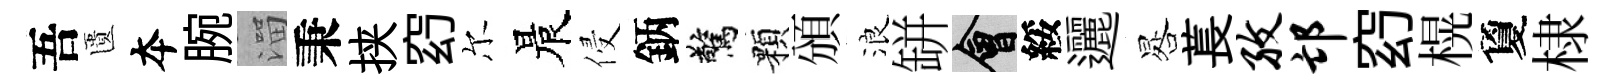
吾匱夲腕溜秉挟𥥆尔晨侵鈵驚顆頒浪缾會綏邐晷萇孜邙𥥆榥夐棣